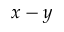
x - y